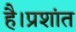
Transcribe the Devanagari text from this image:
है।प्रशांत